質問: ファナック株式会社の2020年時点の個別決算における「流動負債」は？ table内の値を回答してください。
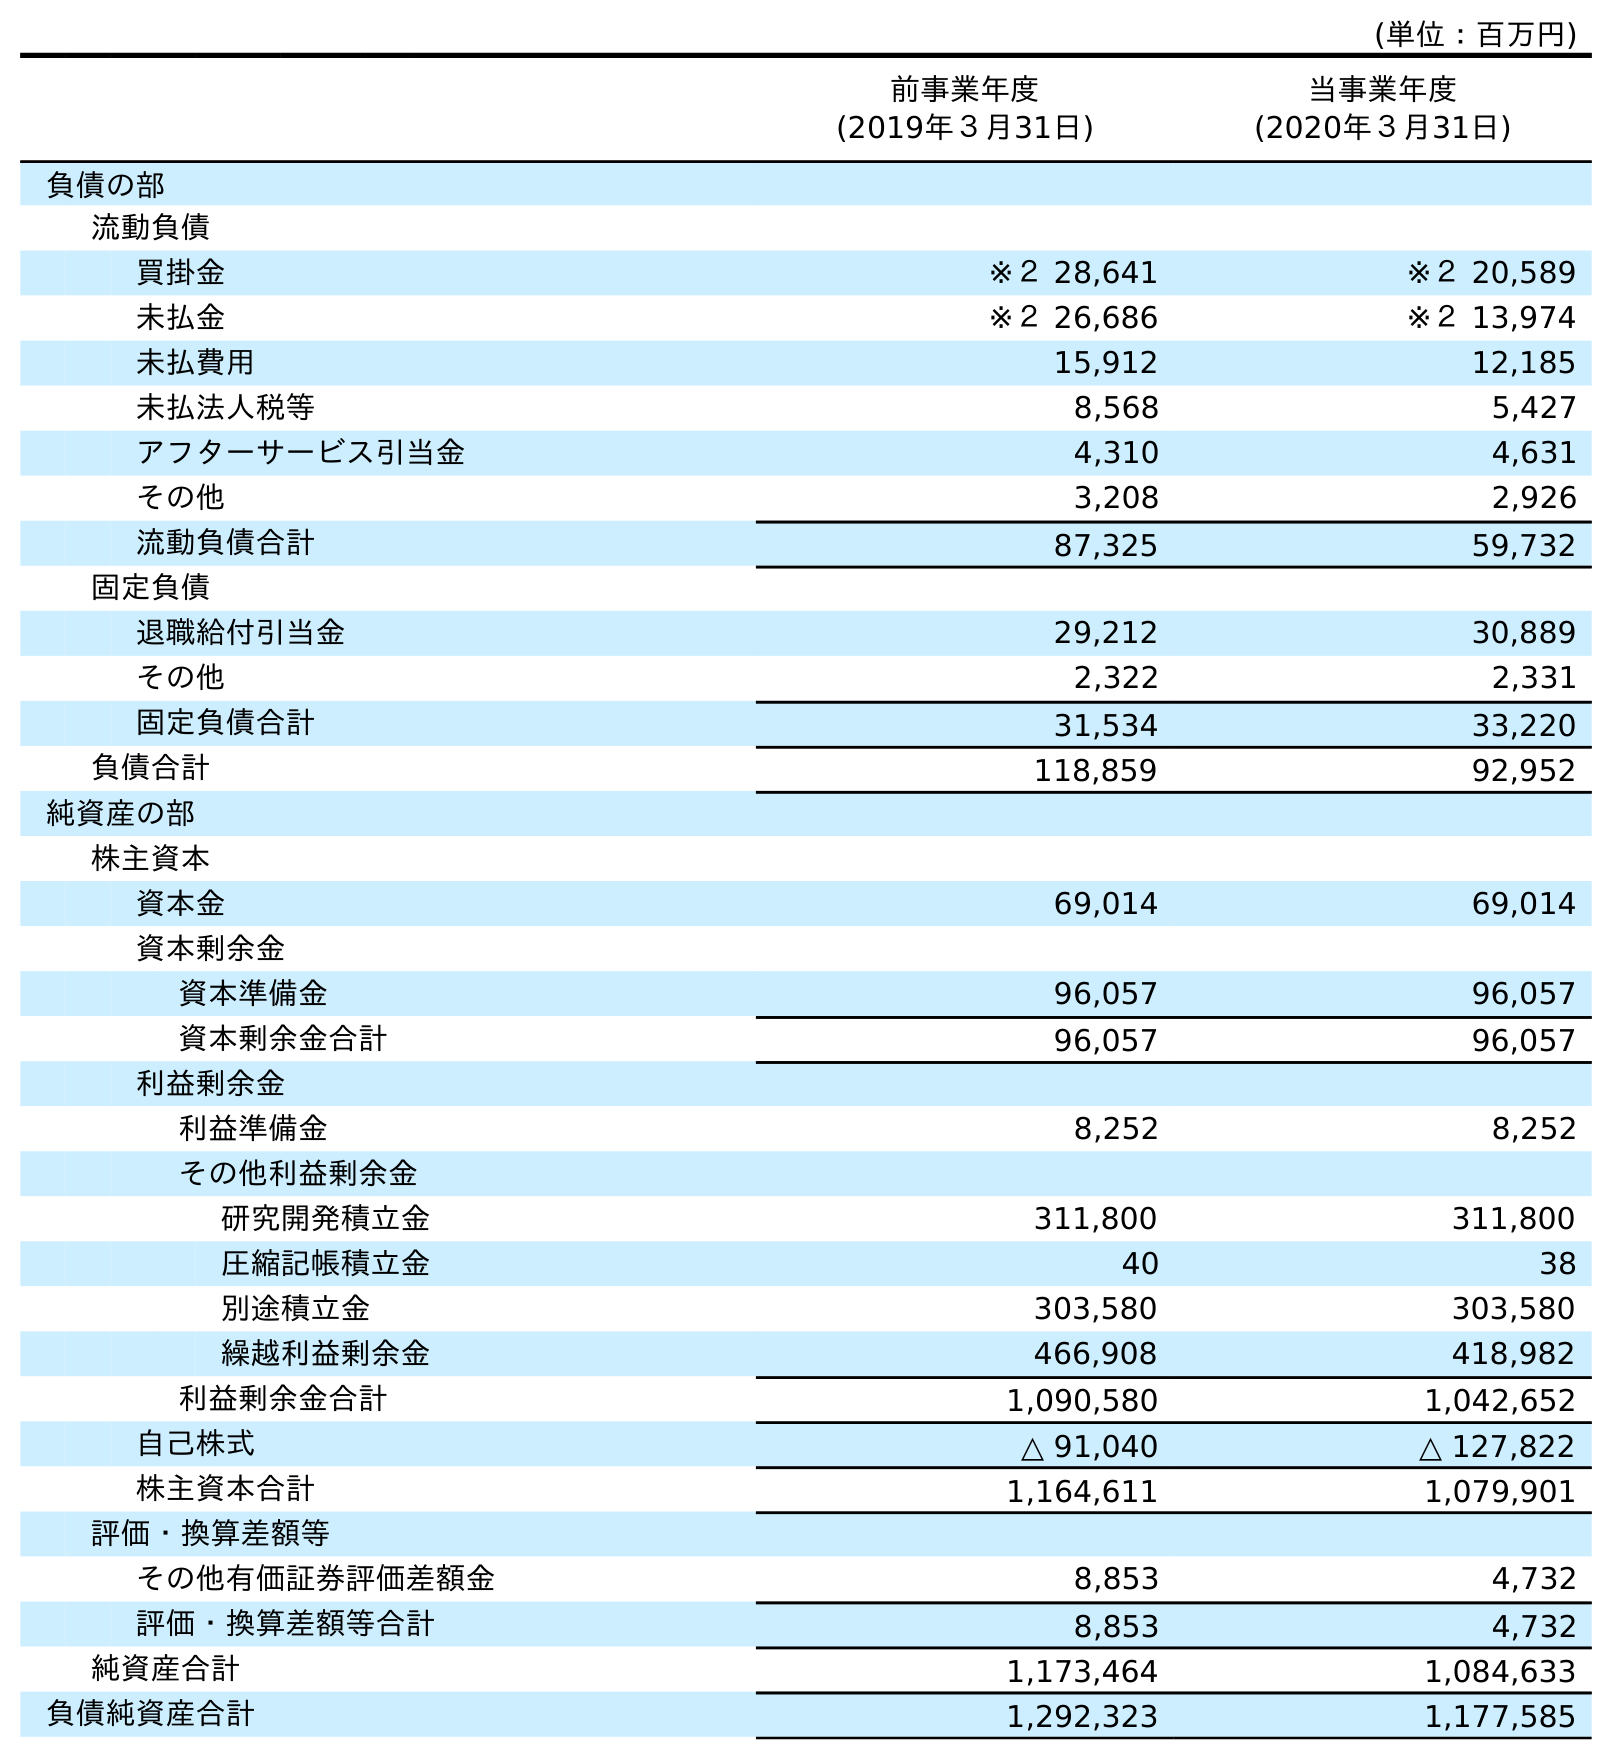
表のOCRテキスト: (単位：百万円) 前事業年度 (2019年３月31日) 当事業年度 (2020年３月31日) 負債の部 流動負債 買掛金 ※２ 28,641 ※２ 20,589 未払金 ※２ 26,686 ※２ 13,974 未払費用 15,912 12,185 未払法人税等 8,568 5,427 アフターサービス引当金 4,310 4,631 その他 3,208 2,926 流動負債合計 87,325 59,732 固定負債 退職給付引当金 29,212 30,889 その他 2,322 2,331 固定負債合計 31,534 33,220 負債合計 118,859 92,952 純資産の部 株主資本 資本金 69,014 69,014 資本剰余金 資本準備金 96,057 96,057 資本剰余金合計 96,057 96,057 利益剰余金 利益準備金 8,252 8,252 その他利益剰余金 研究開発積立金 311,800 311,800 圧縮記帳積立金 40 38 別途積立金 303,580 303,580 繰越利益剰余金 466,908 418,982 利益剰余金合計 1,090,580 1,042,652 自己株式 △ 91,040 △ 127,822 株主資本合計 1,164,611 1,079,901 評価・換算差額等 その他有価証券評価差額金 8,853 4,732 評価・換算差額等合計 8,853 4,732 純資産合計 1,173,464 1,084,633 負債純資産合計 1,292,323 1,177,585
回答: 59,732